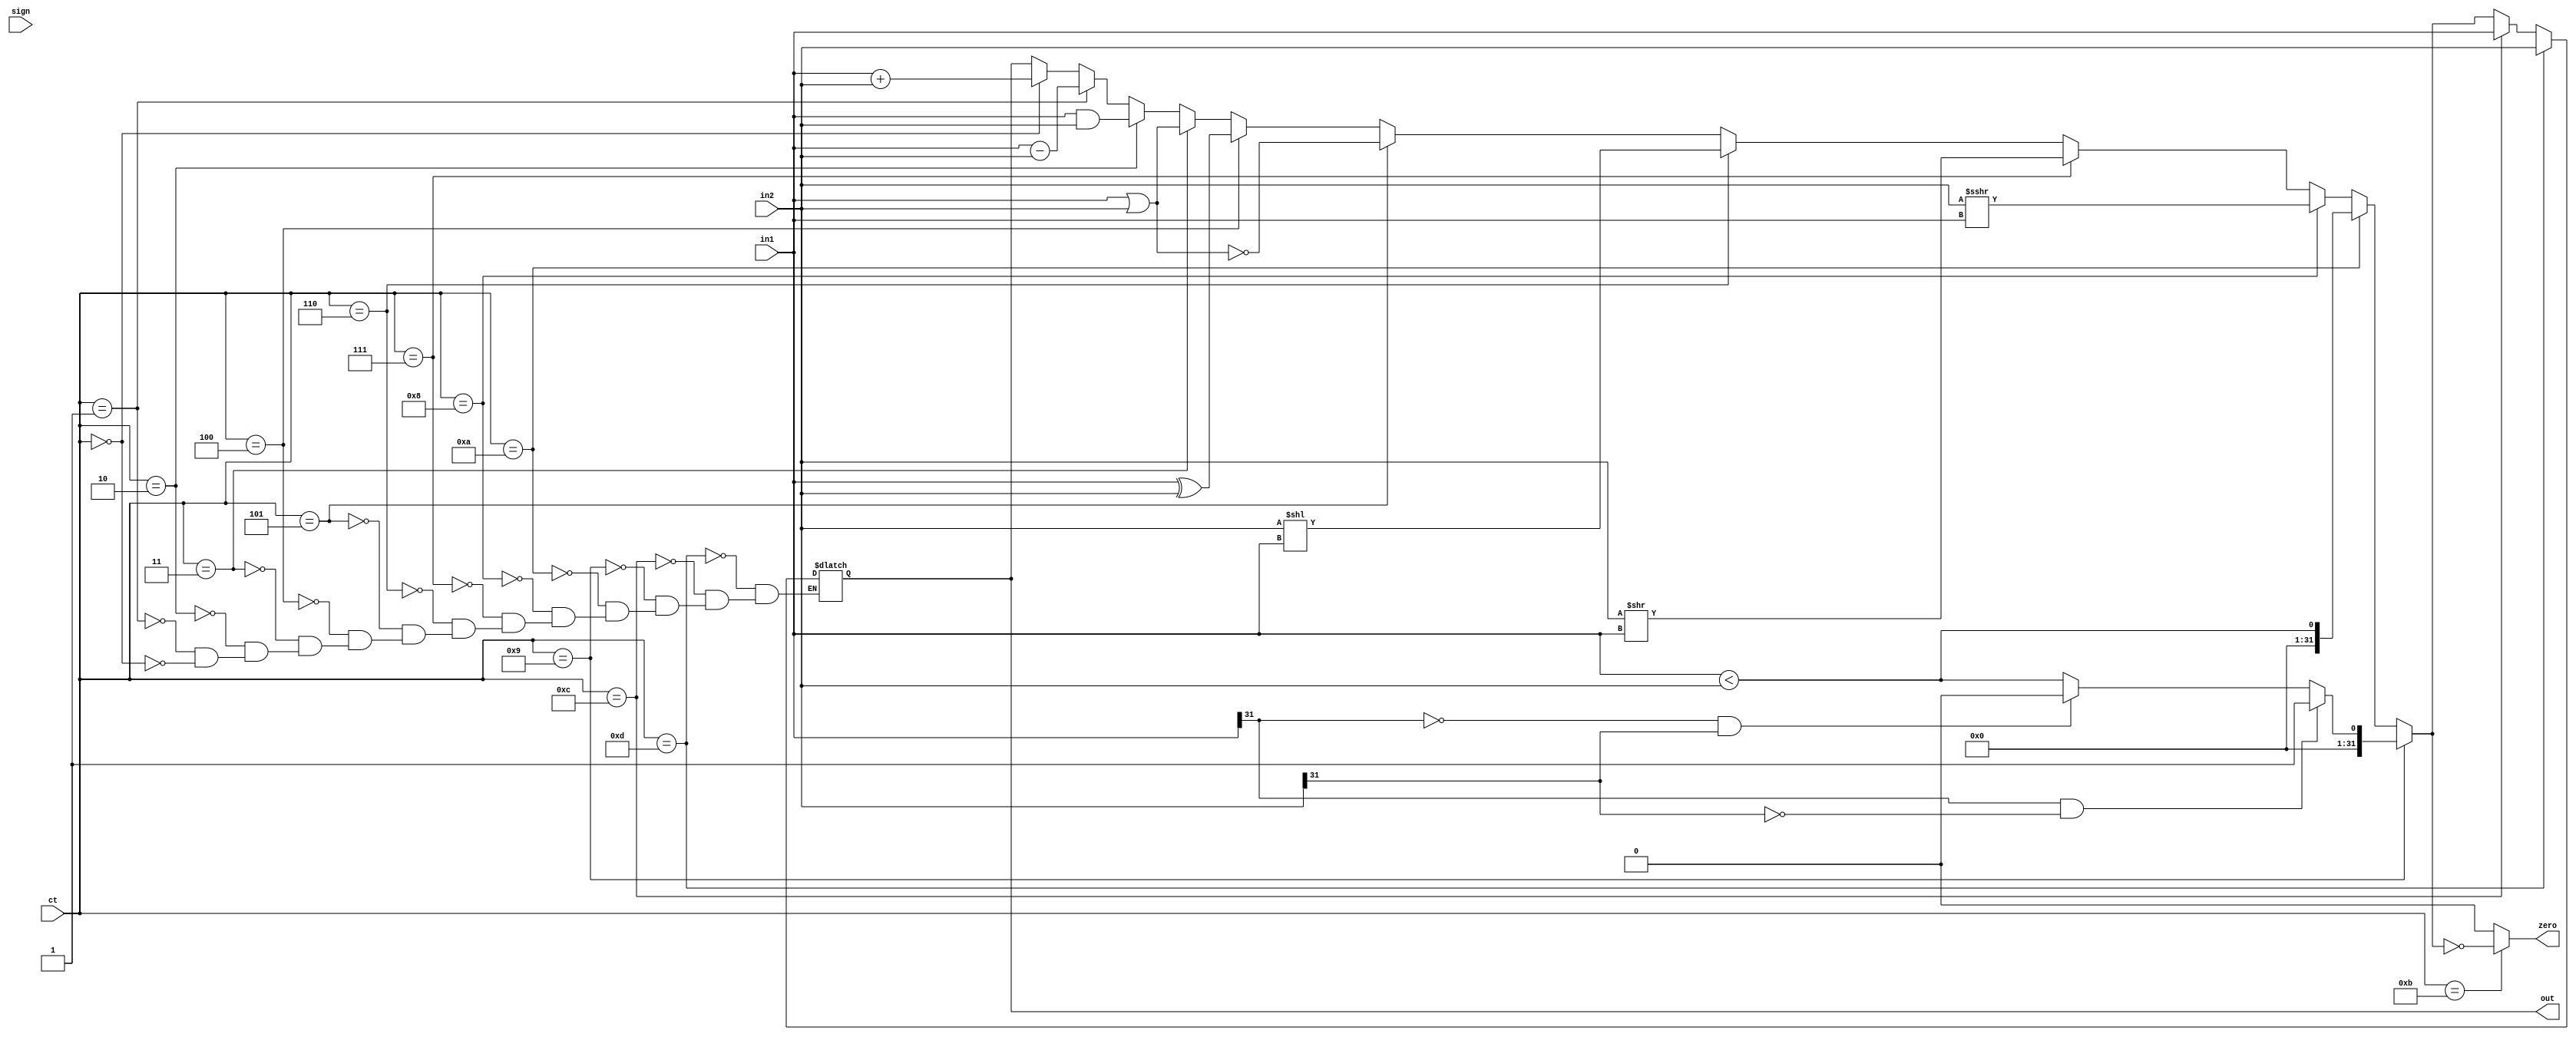
`timescale 1ns / 1ps
//////////////////////////////////////////////////////////////////////////////////
// Class: Fundamentals of Digital Logic and Processor
// Designer: Shulin Zeng
// 
// Design Name: MultiCycleCPU
// Module Name: ALU
// Project Name: Multi-cycle-cpu
// Target Devices: 
// Tool Versions: 
// Description: 
// 
// Dependencies: 
// 
// Revision:
// Revision 0.01 - File Created
// Additional Comments:
// 
//////////////////////////////////////////////////////////////////////////////////


module ALU(in1, in2, ct, sign, out, zero);
	input [31:0] in1, in2;
	input [4:0] ct;
	input sign;
	output reg [31:0] out;
	output reg zero;
	
	// Your code below
reg tmp;
always @(*) begin
zero=0;
if(ct==5'd0) begin out=in1+in2;end 
if(ct==5'd1) begin out=in1-in2;end 
if(ct==5'd2) begin out=in1&in2;end 
if(ct==5'd3) begin out=in1|in2;end 
if(ct==5'd4) begin out=in1^in2;end 
if(ct==5'd5) begin out=~(in1|in2);end 
if(ct==5'd6) begin out=in2<<in1;end 
if(ct==5'd7) begin out=in2>>in1;end 
if(ct==5'd8) begin out=$signed(in2)>>>in1;end 
if(ct==5'd10) begin out=(in1<in2);end 
if(ct==5'd9) begin 
if(in1[31]==1&&in2[31]==0) out=32'd1;
else if(in1[31]==0&&in2[31]==1) out=32'd0;
else out=(in1<in2);
end 
if(ct==5'd11) begin out<=in1-in2;zero=(out==0);end
if(ct==5'd12) begin out=in1;end 
if(ct==5'd13) begin out=in2;end 

end
endmodule